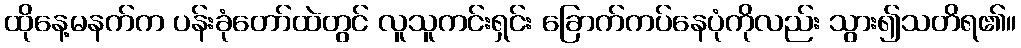
ထိုနေ့မနက်က ပန်းခုံတော်ထဲတွင် လူသူကင်းရှင်း ခြောက်ကပ်နေပုံကိုလည်း သွား၍သတိရ၏။